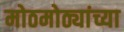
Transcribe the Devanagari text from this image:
मोठमोठ्यांच्या